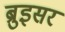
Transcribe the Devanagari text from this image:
ब्रुइसर